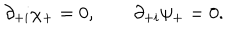
\partial _ { + i } \chi _ { + } = 0 , \qquad \partial _ { + i } \psi _ { + } = 0 .